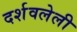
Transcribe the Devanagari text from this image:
दर्शवलेली